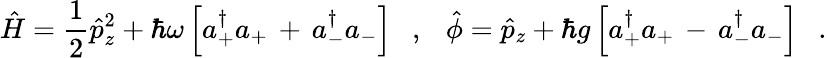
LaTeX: \hat{H}=\frac{1}{2}\hat{p}_{z}^{2}+\hbar\omega\left[a_{+}^{\dagger}a_{+}\, +\, a_{-}^{\dagger}a_{-}\right]\ \ \ ,\ \ \ \hat{\phi}=\hat{p}_{z}+\hbar g\left[a_{+}^{\dagger}a_{+}\, -\, a_{-}^{\dagger}a_{-}\right]\ \ \ .